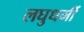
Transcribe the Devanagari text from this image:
लघुधर्मी